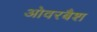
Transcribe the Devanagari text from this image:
ओवरबैश